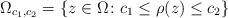
LaTeX: \begin{align*}\Omega_{c_1,c_2}= \{z\in\Omega\colon c_1\le \rho(z)\le c_2\}\end{align*}